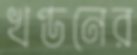
খণ্ডনের